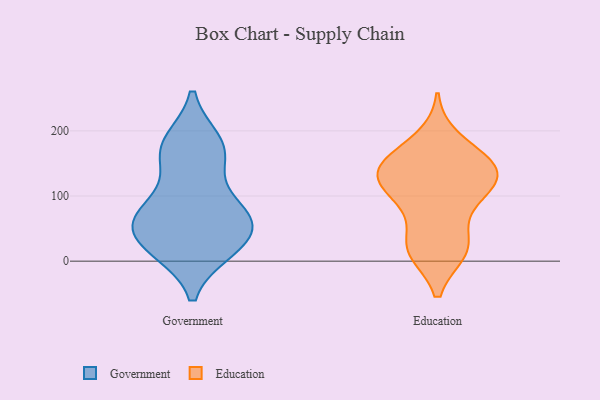
{"axis": {"x": "Demand Index", "y": "Value"}, "legend": ["Education", "Government"], "data": [{"x": "", "y": 162, "type": "Government"}, {"x": "", "y": 182, "type": "Government"}, {"x": "", "y": 57, "type": "Government"}, {"x": "", "y": 77, "type": "Government"}, {"x": "", "y": 78, "type": "Government"}, {"x": "", "y": 18, "type": "Government"}, {"x": "", "y": 22, "type": "Government"}, {"x": "", "y": 181, "type": "Government"}, {"x": "", "y": 20, "type": "Government"}, {"x": "", "y": 66, "type": "Government"}, {"x": "", "y": 40, "type": "Government"}, {"x": "", "y": 156, "type": "Government"}, {"x": "", "y": 74, "type": "Government"}, {"x": "", "y": 16, "type": "Education"}, {"x": "", "y": 93, "type": "Education"}, {"x": "", "y": 84, "type": "Education"}, {"x": "", "y": 17, "type": "Education"}, {"x": "", "y": 142, "type": "Education"}, {"x": "", "y": 120, "type": "Education"}, {"x": "", "y": 128, "type": "Education"}, {"x": "", "y": 160, "type": "Education"}, {"x": "", "y": 24, "type": "Education"}, {"x": "", "y": 187, "type": "Education"}, {"x": "", "y": 22, "type": "Education"}, {"x": "", "y": 150, "type": "Education"}, {"x": "", "y": 145, "type": "Education"}, {"x": "", "y": 133, "type": "Education"}, {"x": "", "y": 116, "type": "Education"}]}